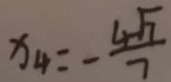
x _ { 4 } = - \frac { 4 \sqrt { 7 } } { 7 }